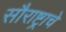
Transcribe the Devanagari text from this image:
सौराष्ट्राचे